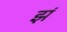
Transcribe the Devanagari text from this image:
झं